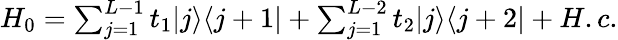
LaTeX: \begin{array}{r}{H_{0}=\sum_{j=1}^{L-1}t_{1}|j\rangle\langle j+1|+\sum_{j=1}^{L-2}t_{2}|j\rangle\langle j+2|+H.c.}\end{array}